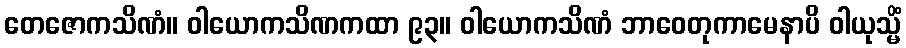
တေဇောကသိဏံ။ ဝါယောကသိဏကထာ ၉၃။ ဝါယောကသိဏံ ဘာဝေတုကာမေနာပိ ဝါယုသ္မိံ